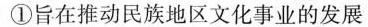
① 旨在推动民族地区文化事业的发展